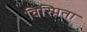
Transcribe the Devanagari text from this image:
विस्मिता